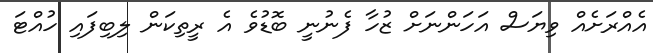
އެއްރަށެއް ވިޔަސް އަހަންނަށް ޒުހާ ފެނުނީ ބޮޑުވެ އެ ރީތިކަން ލިބިފައި ހުއްޓަ